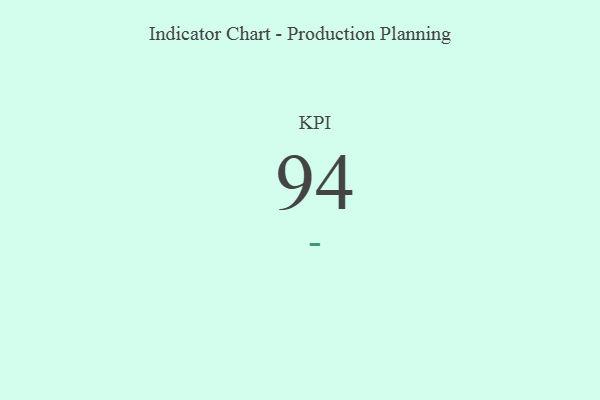
{"axis": {"x": "KPI", "y": "Value"}, "legend": [""], "data": [{"x": "KPI", "y": 94, "type": ""}]}